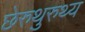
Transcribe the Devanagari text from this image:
छेरुथुरुथ्य